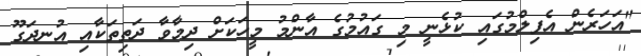
"އަހަރެން އެފިލްމުގައި ކުޅެނީ މި ގައުމުގެ އާންމު މީހަކަށް ދިމާވާ ދަތިތަކާއި އުނދަގޫ